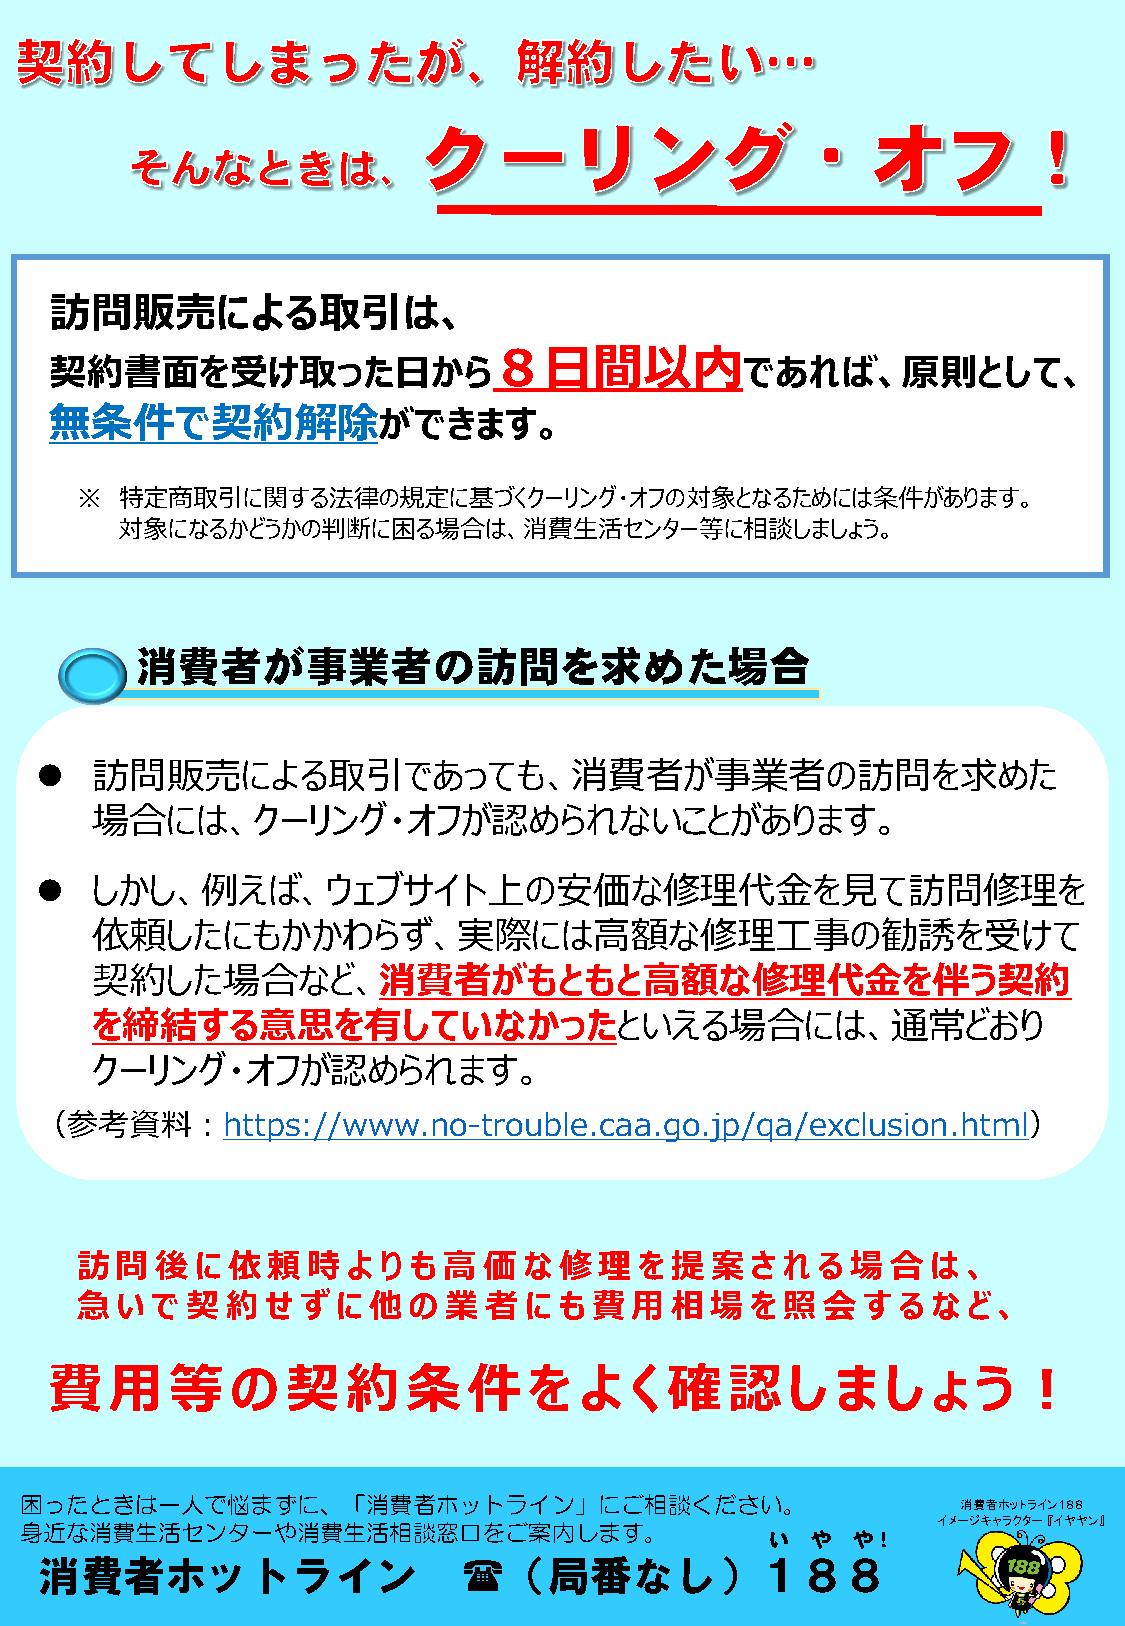
訪問販売による取引は、
 ８日間以内
 契約書面を受け取った日から                                 であれば、原則として、
 無条件で契約解除ができます。
 ※  特定商取引に関する法律の規定に基づくクーリング・オフの対象となるためには条件があります。
 対象になるかどうかの判断に困る場合は、消費生活センター等に相談しましょう。
 消費者が事業者の訪問を求めた場合
 
 訪問販売による取引であっても、消費者が事業者の訪問を求めた
 場合には、クーリング・オフが認められないことがあります。
 
 しかし、例えば、ウェブサイト上の安価な修理代金を見て訪問修理を
 依頼したにもかかわらず、実際には高額な修理工事の勧誘を受けて
 契約した場合など、消費者がもともと高額な修理代金を伴う契約
 を締結する意思を有していなかったといえる場合には、通常どおり
 クーリング・オフが認められます。
 （参考資料：https://www.no-trouble.caa.go.jp/qa/exclusion.html）
 訪  問 後  に依   頼 時  よりも高     価  な 修  理 を  提 案  さ れる  場  合  は 、
 急  い で 契  約  せ ず に他   の  業 者  にも費    用 相  場  を 照  会 す る  な ど 、
 費用等の契約条件を                          よく    確認し        ましょう！
 困ったときは一人で悩まずに、「消費者ホットライン」にご相談ください。                             消費者ホットライン１８８
 イメージキャラクター『イヤヤン』
 身近な消費生活センターや消費生活相談窓口をご案内します。
 い  や や！
 消費者ホットライン                  （局番なし）１８８